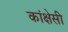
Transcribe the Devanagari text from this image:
कांक्षेसी